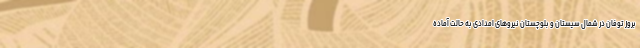
بروز توفان در شمال سیستان و بلوچستان نیروهای امدادی به حالت آماده